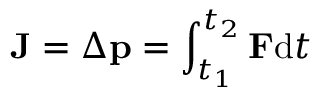
\mathbf { J } = \Delta \mathbf { p } = \int _ { t _ { 1 } } ^ { t _ { 2 } } \mathbf { F } \mathrm { d } t